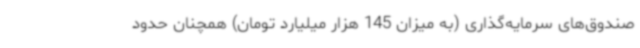
صندوق‌های سرمایه‌گذاری (به میزان 145 هزار میلیارد تومان) همچنان حدود